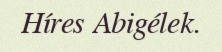
Híres Abigélek.